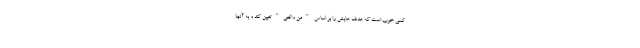
کسی خوب است که هدف هایش را بر اساس "من واقعی" تعیین کند و به آنها